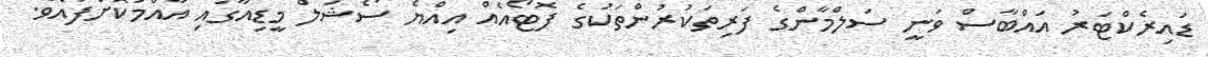
ޑައިރެކްޓަރު އައްބާސް ވަނީ ސަލްމާންގެ ފަރިތަކުރުންތަކުގެ ފޮޓޯއެއް އިއްޔެ ސޯޝަލް މީޑިއާގައި އާއްމުކޮށްފައެވެ.